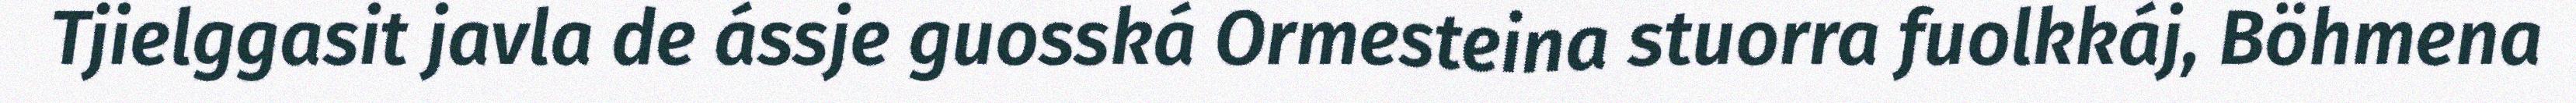
Tjielggasit javla de ássje guosská Ormesteina stuorra fuolkkáj, Böhmena